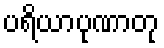
ပရိယာပုဏာတု